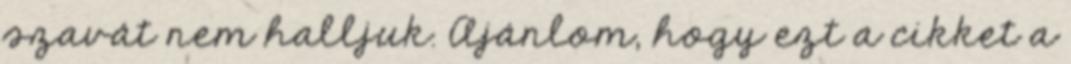
szavát nem halljuk. Ajánlom, hogy ezt a cikket a